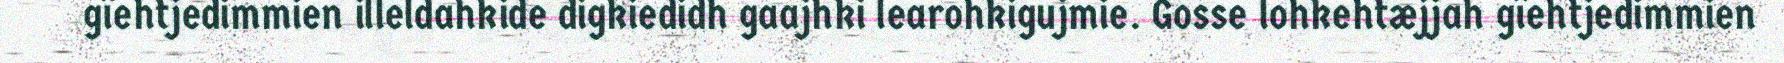
gïehtjedimmien illeldahkide digkiedidh gaajhki learohkigujmie. Gosse lohkehtæjjah gïehtjedimmien